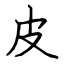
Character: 皮